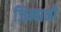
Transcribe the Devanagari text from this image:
जिम्बानी